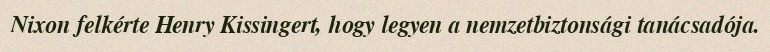
Nixon felkérte Henry Kissingert, hogy legyen a nemzetbiztonsági tanácsadója.